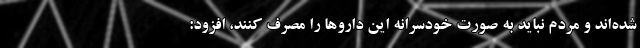
شده‌اند و مردم نباید به صورت خودسرانه این داروها را مصرف کنند، افزود: